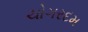
ચોગરદમ